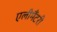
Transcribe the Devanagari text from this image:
एलीमैंटरी